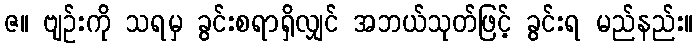
ဇ။ ဗျဉ်းကို သရမှ ခွင်းစရာရှိလျှင် အဘယ်သုတ်ဖြင့် ခွင်းရ မည်နည်း။